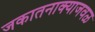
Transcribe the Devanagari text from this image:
जकातनाक्याजवळ